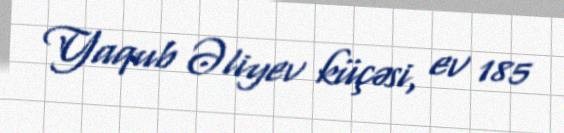
Yaqub Əliyev küçəsi, ev 185